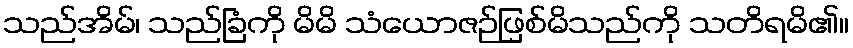
သည်အိမ်၊ သည်ခြံကို မိမိ သံယောဇဉ်ဖြစ်မိသည်ကို သတိရမိ၏။